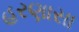
હરણાસા